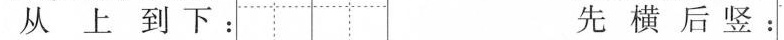
从 上 到 下 ： 先 横 后 竖 ：